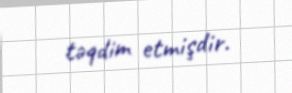
təqdim etmişdir.